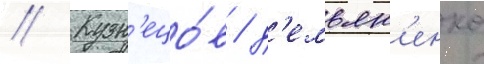
// Кузн'ецо́в / д'емьян'енко